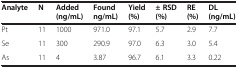
| Analyte | N | Added (ng/mL) | Found ng/mL) | Yield (%) | ± RSD (%) | RE (%) | DL (ng/mL) |
 | --- | --- | --- | --- | --- | --- | --- | --- |
 | Pt | 11 | 1000 | 971.0 | 97.1 | 5.7 | 2.9 | 7.7 |
 | Se | 11 | 300 | 290.9 | 97.0 | 6.3 | 3.0 | 5.4 |
 | As | 11 | 4 | 3.87 | 96.7 | 6.1 | 3.3 | 0.22 |